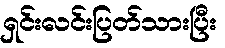
ရှင်းလင်းပြတ်သားပြီး